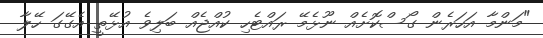
"މަންމާ އަހަރެން ގޯސްކޮށެއް ނޫޅެމޭ ރައްޓެހި ކުއްޖެއް ބަލިވެ އުޅޭތީ އެގޭގަ ހޭލާ